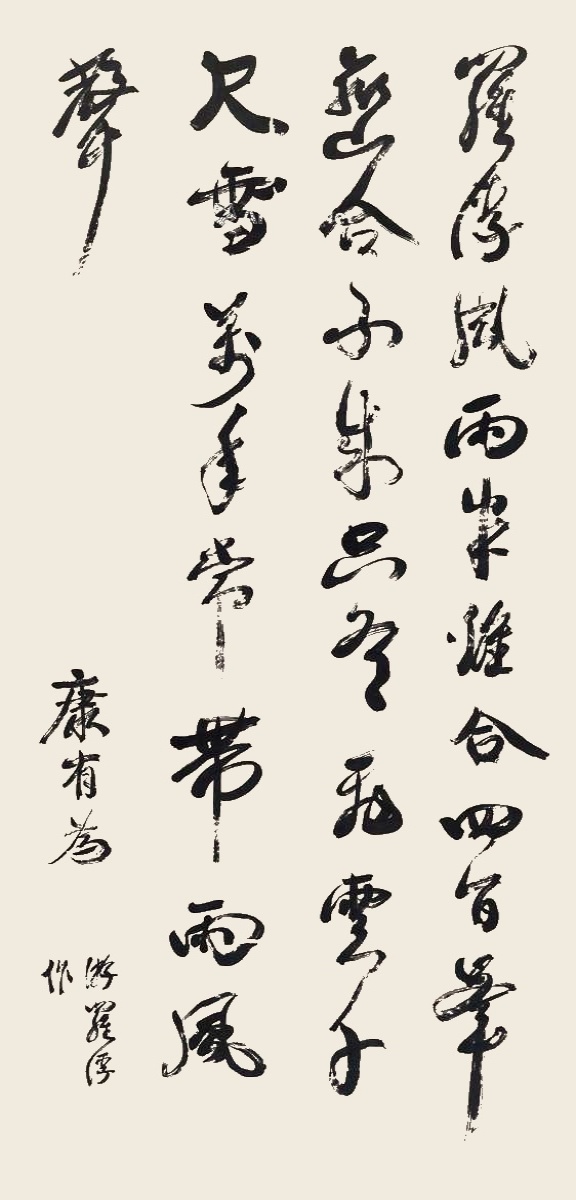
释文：罗浮风雨半离合，四百峰峦合不成。只有飞云千尺雪，万年常带雨风声。康有为，游罗浮作。